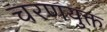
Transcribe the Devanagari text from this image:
चरणयुक्त